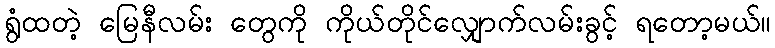
ရွံထတဲ့ မြေနီလမ်း တွေကို ကိုယ်တိုင်လျှောက်လမ်းခွင့် ရတော့မယ်။